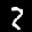
Label: 2